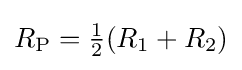
R_{\textrm {P}}={\tfrac {1}{2}}(R_{1}+R_{2})